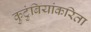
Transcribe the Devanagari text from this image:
कुटुंबियांकरिता